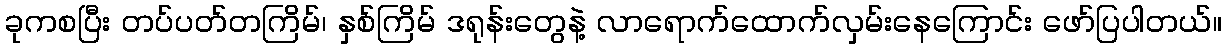
ခုကစပြီး တပ်ပတ်တကြိမ်၊ နှစ်ကြိမ် ဒရုန်းတွေနဲ့ လာရောက်ထောက်လှမ်းနေကြောင်း ဖော်ပြပါတယ်။